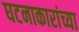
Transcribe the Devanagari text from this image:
घटनाकारांच्या